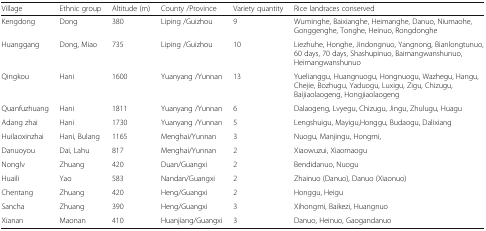
<table><thead><tr><td><b>Village</b></td><td><b>Ethnic group</b></td><td><b>Altitude (m)</b></td><td><b>County /Province</b></td><td><b>Variety quantity</b></td><td><b>Rice landraces conserved</b></td></tr></thead><tbody><tr><td>Kengdong</td><td>Dong</td><td>380</td><td>Liping /Guizhou</td><td>9</td><td>Wuminghe, Baixianghe, Heimanghe, Danuo, Niumaohe, Gonggenghe, Tonghe, Heinuo, Rongdonghe</td></tr><tr><td>Huanggang</td><td>Dong, Miao</td><td>735</td><td>Liping /Guizhou</td><td>10</td><td>Liezhuhe, Honghe, Jindongnuo, Yangnong, Bianlongtunuo, 60 days, 70 days, Shashupinuo, Baimangwanshunuo, Heimangwanshunuo</td></tr><tr><td>Qingkou</td><td>Hani</td><td>1600</td><td>Yuanyang /Yunnan</td><td>13</td><td>Yuelianggu, Huangnuogu, Hongnuogu, Wazhegu, Hangu, Chejie, Bozhugu, Yaduogu, Luxigu, Zigu, Chizugu, Baijiaolaogeng, Hongjiaolaogeng</td></tr><tr><td>Quanfuzhuang</td><td>Hani</td><td>1811</td><td>Yuanyang /Yunnan</td><td>6</td><td>Dalaogeng, Lvyegu, Chizugu, Jingu, Zhulugu, Huagu</td></tr><tr><td>Adang zhai</td><td>Hani</td><td>1730</td><td>Yuanyang /Yunnan</td><td>5</td><td>Lengshuigu, Mayigu,Honggu, Budaogu, Dalixiang</td></tr><tr><td>Huilaoxinzhai</td><td>Hani, Bulang</td><td>1165</td><td>Menghai/Yunnan</td><td>3</td><td>Nuogu, Manjingu, Hongmi,</td></tr><tr><td>Danuoyou</td><td>Dai, Lahu</td><td>817</td><td>Menghai/Yunnan</td><td>2</td><td>Xiaowuzui, Xiaomaogu</td></tr><tr><td>Nonglv</td><td>Zhuang</td><td>420</td><td>Duan/Guangxi</td><td>2</td><td>Bendidanuo, Nuogu</td></tr><tr><td>Huaili</td><td>Yao</td><td>583</td><td>Nandan/Guangxi</td><td>2</td><td>Zhainuo (Danuo), Danuo (Xiaonuo)</td></tr><tr><td>Chentang</td><td>Zhuang</td><td>420</td><td>Heng/Guangxi</td><td>2</td><td>Honggu, Heigu</td></tr><tr><td>Sancha</td><td>Zhuang</td><td>390</td><td>Heng/Guangxi</td><td>3</td><td>Xihongmi, Baikezi, Huangnuo</td></tr><tr><td>Xianan</td><td>Maonan</td><td>410</td><td>Huanjiang/Guangxi</td><td>3</td><td>Danuo, Heinuo, Gaogandanuo</td></tr></tbody></table>